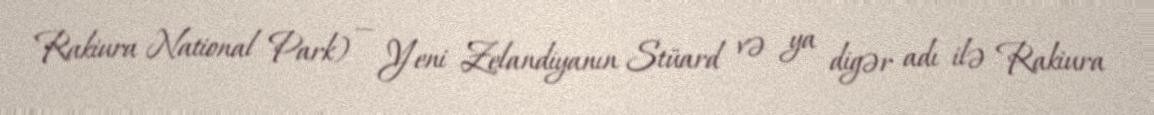
Rakiura National Park) — Yeni Zelandiyanın Stüard və ya digər adı ilə Rakiura